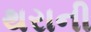
થરાની